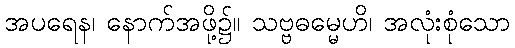
အပရေန၊ နောက်အဖို့၌။ သဗ္ဗဓမ္မေဟိ၊ အလုံးစုံသော